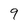
Character: 9